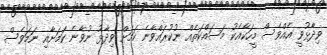
ވިދާޅުވީ އެއްވެސް މީހަކާއެކު މަސައްކަތެއް ނުކުރައްވާނެ ކަމަށް ވިދާޅު ނުވާނެ ކަމަށާއި ނަމަވެސް